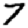
Digit: 7